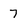
Character: 7